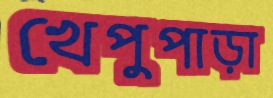
খেপুপাড়া